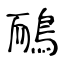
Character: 鴯